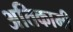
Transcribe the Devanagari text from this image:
अतिकामी